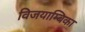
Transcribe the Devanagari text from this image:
विजयाम्बिका